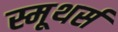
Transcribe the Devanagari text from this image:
स्मूथर्स